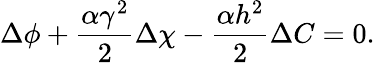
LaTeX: \Delta\phi+\frac{\alpha\gamma^{2}}{2}\Delta\chi-\frac{\alpha h^{2}}{2}\Delta C=0.